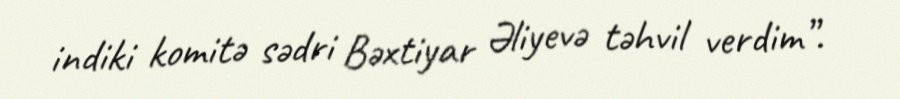
indiki komitə sədri Bəxtiyar Əliyevə təhvil verdim”.